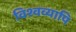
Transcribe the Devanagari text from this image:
विश्वव्यापि